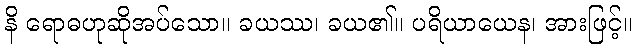
နိ ရောဓဟုဆိုအပ်သော။ ခယဿ၊ ခယ၏။ ပရိယာယေန၊ အားဖြင့်။